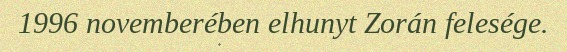
1996 novemberében elhunyt Zorán felesége.